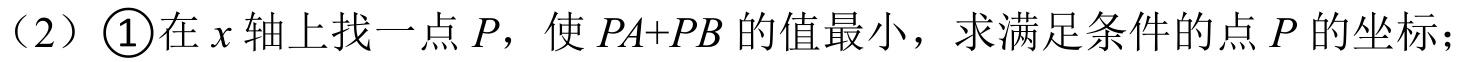
（2）\(\textcircled{1}\)在\(x\)轴上找一点\(P\)，使\(PA + PB\)的值最小，求满足条件的点\(P\)的坐标；